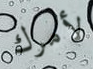
لأمرك